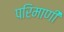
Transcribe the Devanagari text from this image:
परिमाणी